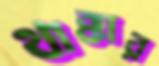
থাক্কার